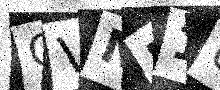
Text: QVNF1U